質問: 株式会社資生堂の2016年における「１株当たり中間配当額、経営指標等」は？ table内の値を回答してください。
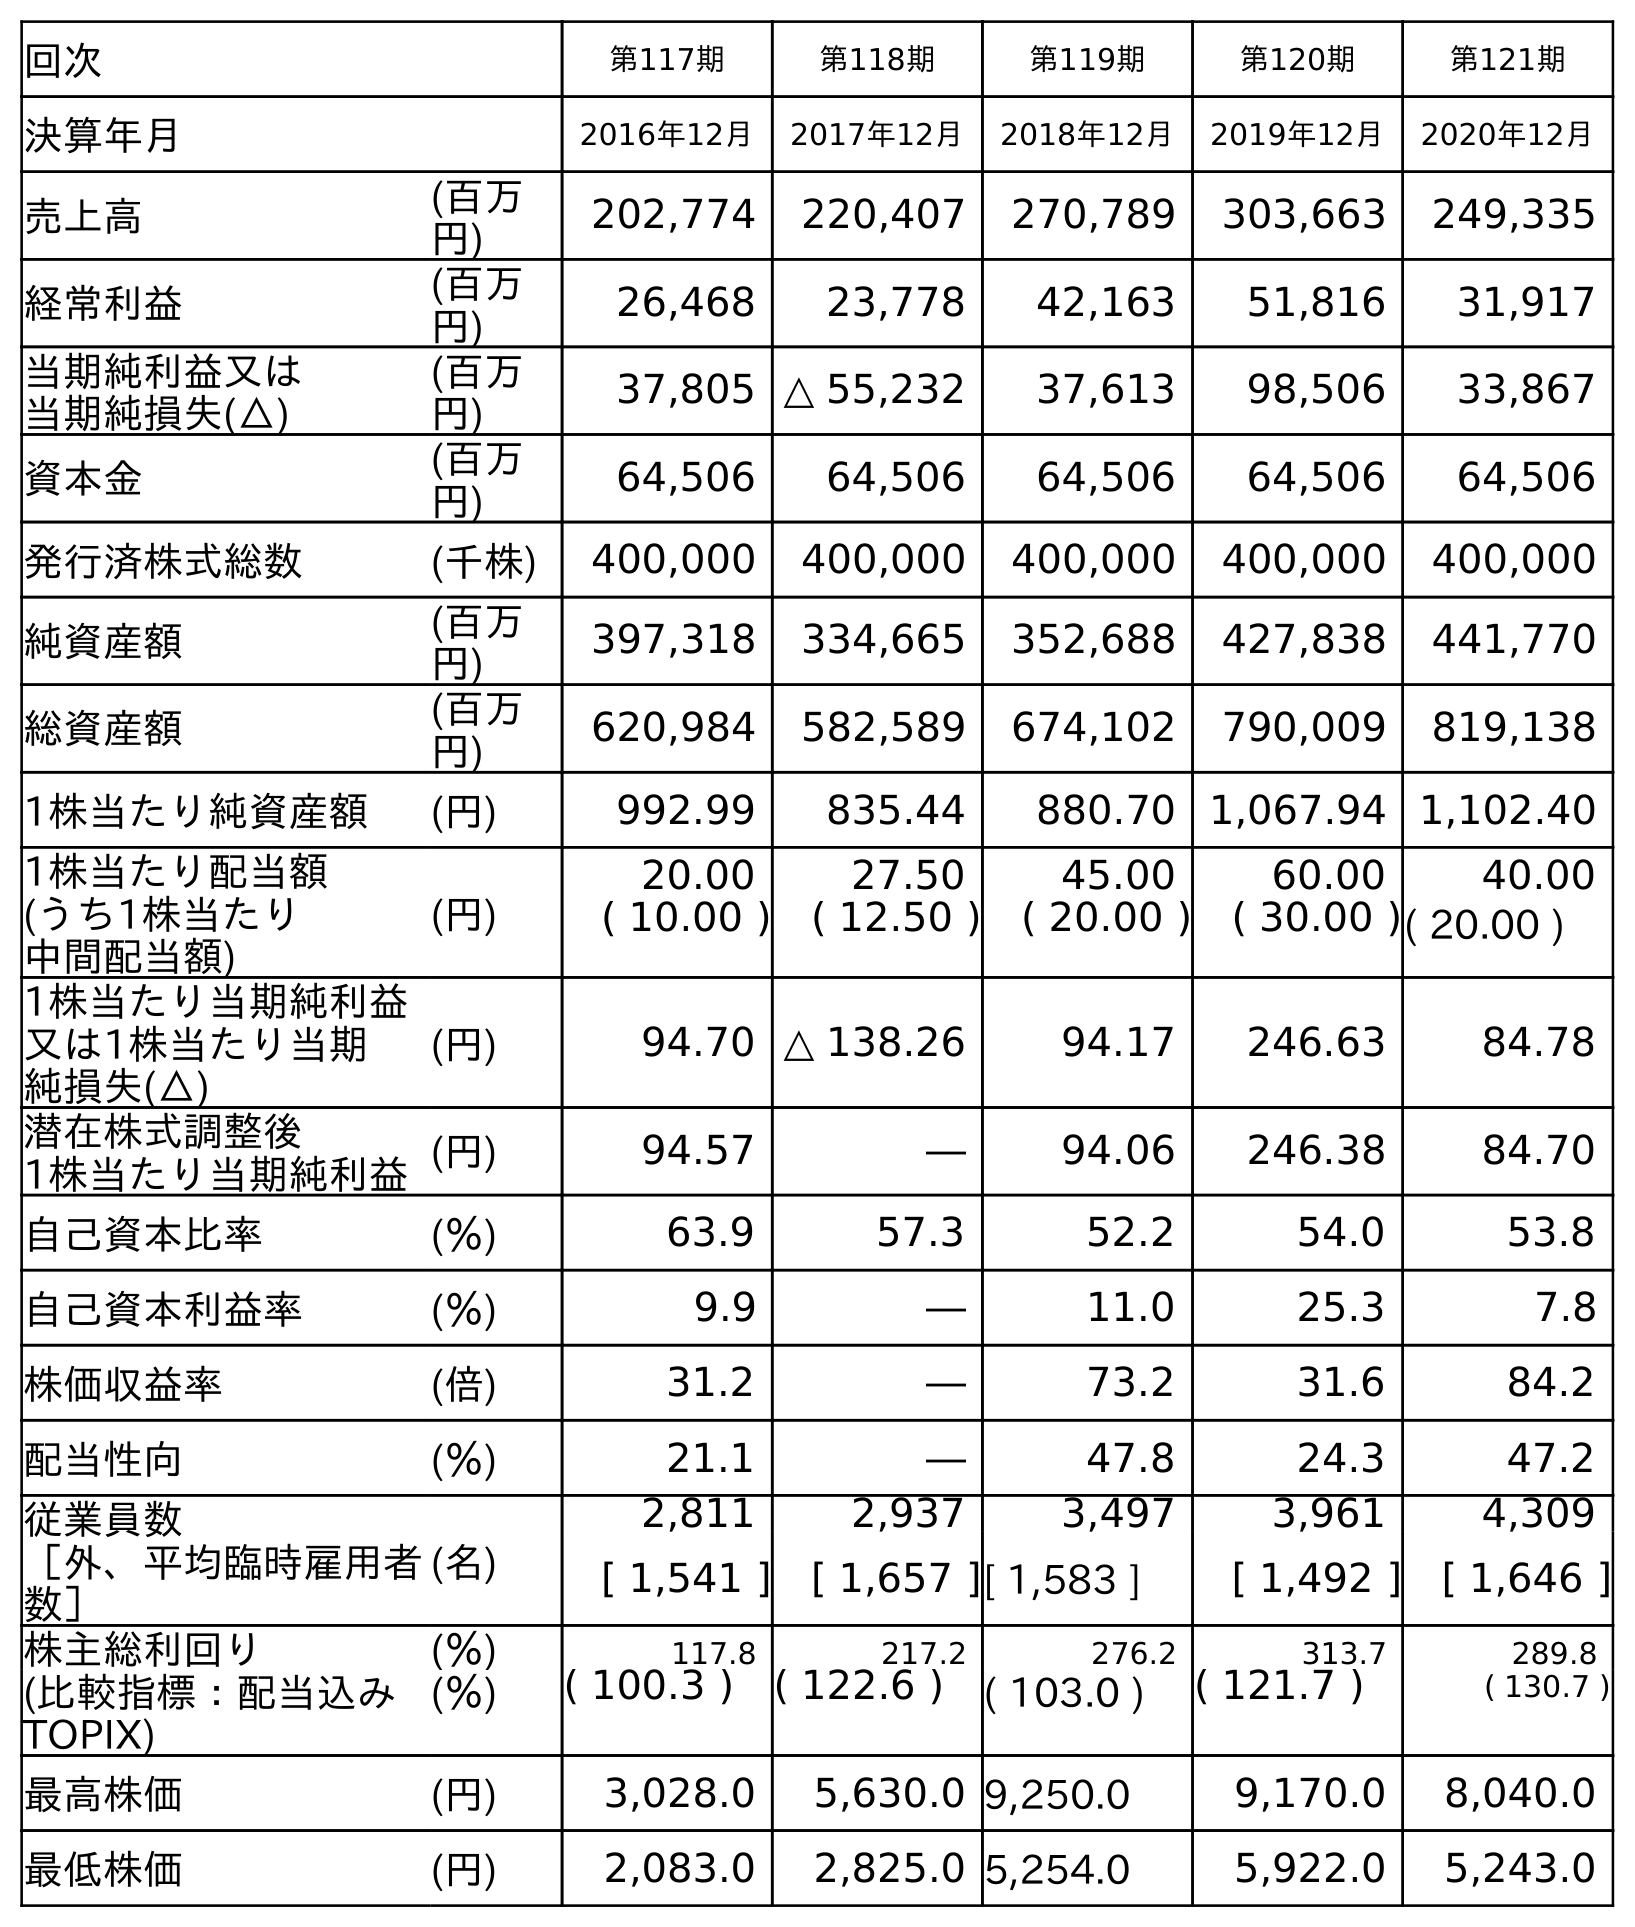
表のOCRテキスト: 回次 第117期 第118期 第119期 第120期 第121期 決算年月 2016年12月 2017年12月 2018年12月 2019年12月 2020年12月 売上高 (百万 円) 202,774 220,407 270,789 303,663 249,335 経常利益 (百万 円) 26,468 23,778 42,163 51,816 31,917 当期純利益又は 当期純損失(△) (百万 円) 37,805 △ 55,232 37,613 98,506 33,867 資本金 (百万 円) 64,506 64,506 64,506 64,506 64,506 発行済株式総数 (千株) 400,000 400,000 400,000 400,000 400,000 純資産額 (百万 円) 397,318 334,665 352,688 427,838 441,770 総資産額 (百万 円) 620,984 582,589 674,102 790,009 819,138 1株当たり純資産額 (円) 992.99 835.44 880.70 1,067.94 1,102.40 1株当たり配当額 (うち1株当たり 中間配当額) (円) 20.00 27.50 45.00 60.00 40.00 ( 10.00 ) ( 12.50 ) ( 20.00 ) ( 30.00 )( 20.00 ) 1株当たり当期純利益 又は1株当たり当期 純損失(△) (円) 94.70 △ 138.26 94.17 246.63 84.78 潜在株式調整後 1株当たり当期純利益(円) 94.57 ― 94.06 246.38 84.70 自己資本比率 (％) 63.9 57.3 52.2 54.0 53.8 自己資本利益率 (％) 9.9 ― 11.0 25.3 7.8 株価収益率 (倍) 31.2 ― 73.2 31.6 84.2 配当性向 (％) 21.1 ― 47.8 24.3 47.2 従業員数 ［外、平均臨時雇用者 数］ (名) 2,811 2,937 3,497 3,961 4,309 [ 1,541 ] [ 1,657 ][ 1,583 ] [ 1,492 ] [ 1,646 ] 株主総利回り (％) 117.8 217.2 276.2 313.7 289.8 (比較指標：配当込み TOPIX) (％) ( 100.3 ) ( 122.6 ) ( 103.0 ) ( 121.7 ) ( 130.7 ) 最高株価 (円) 3,028.0 5,630.0 9,250.0 9,170.0 8,040.0 最低株価 (円) 2,083.0 2,825.0 5,254.0 5,922.0 5,243.0
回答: (10.00)